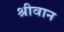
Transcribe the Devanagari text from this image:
श्रीवान